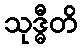
သုဒ္ဓီတိ